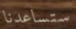
ستساعدنا